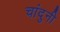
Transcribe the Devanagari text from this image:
चांदुनी